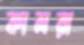
কামরা